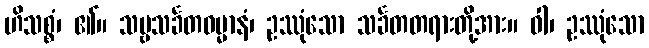
ဟိသစ္စံ၊ ၏။ သဗ္ဗသင်္ခတဓမ္မာနံ၊ ဥဿုံသော သင်္ခတတရားတို့အား။ ဝါ၊ ဥဿုံသော